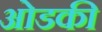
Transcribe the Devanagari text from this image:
ओडकी